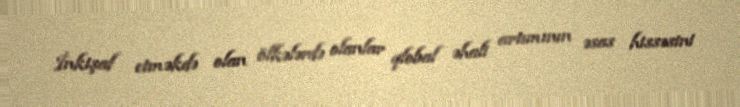
İnkişaf etməkdə olan ölkələrdə olanlar qlobal əhali artımının əsas hissəsini